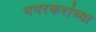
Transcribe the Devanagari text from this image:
नगरकरांच्या